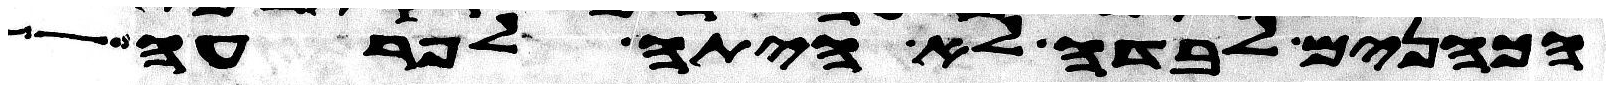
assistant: הכהנים לבדה לא היתה לפרעה